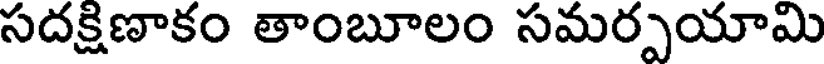
సదక్షిణాకం తాంబూలం సమర్పయామి